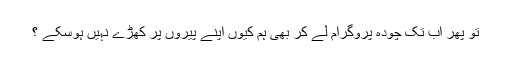
تو پھر اب تک چودہ پروگرام لے کر بھی ہم کیوں اپنے پیروں پر کھڑے نہیں ہوسکے ؟